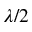
\lambda / 2